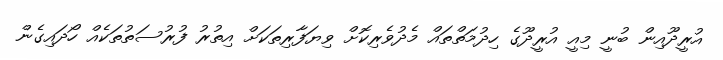
އުރީދޫއިން ބުނީ މިއީ އުރީދޫގެ ހިދުމަތްތައް މެދުވެރިކޮށް ވިޔަފާރިތަކަށް އިތުރު ފުރުސަތުތަކެއް ހޯދައިގެން